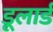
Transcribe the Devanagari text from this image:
डूलार्ड